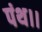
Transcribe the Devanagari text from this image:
पंथ।।